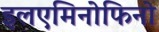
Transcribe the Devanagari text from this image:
इलएमिनोफिनो